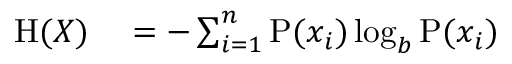
\begin{array} { r l } { \mathrm { H } ( X ) } & { { } = - \sum _ { i = 1 } ^ { n } { \mathrm { P } ( x _ { i } ) \log _ { b } \mathrm { P } ( x _ { i } ) } } \end{array}